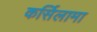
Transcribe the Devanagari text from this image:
कर्सिलामा